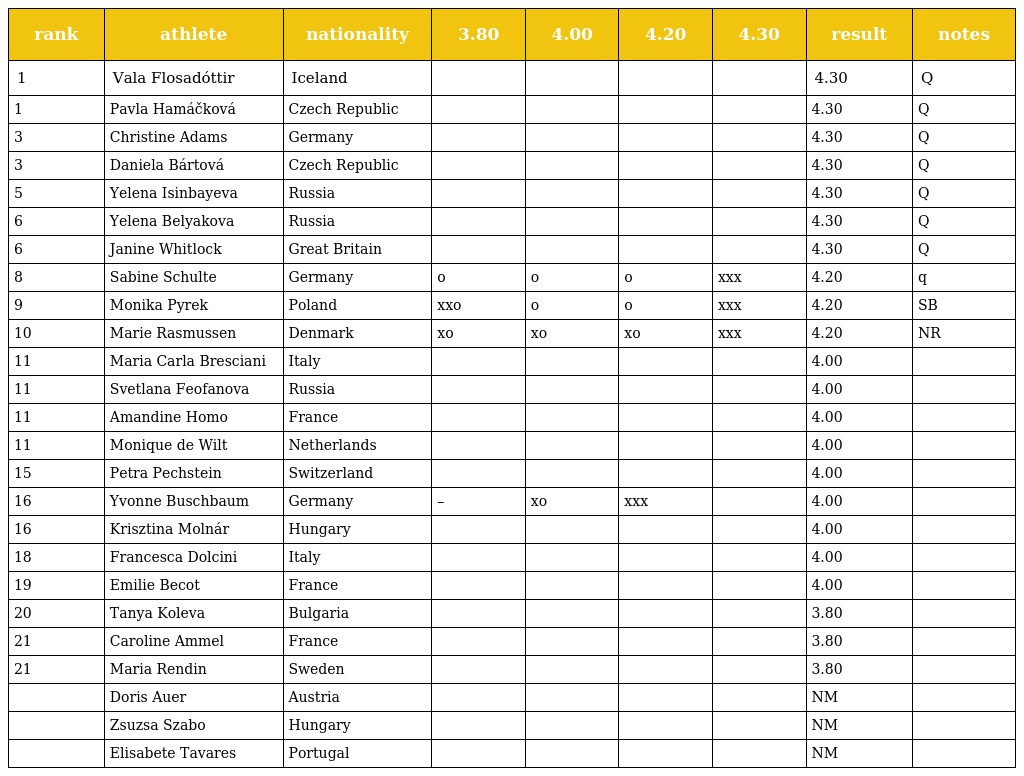
| rank | athlete | nationality | 3.80 | 4.00 | 4.20 | 4.30 | result | notes |
 | --- | --- | --- | --- | --- | --- | --- | --- | --- |
 | 1 | Vala Flosadóttir | Iceland |  |  |  |  | 4.30 | Q |
 | 1 | Pavla Hamáčková | Czech Republic |  |  |  |  | 4.30 | Q |
 | 3 | Christine Adams | Germany |  |  |  |  | 4.30 | Q |
 | 3 | Daniela Bártová | Czech Republic |  |  |  |  | 4.30 | Q |
 | 5 | Yelena Isinbayeva | Russia |  |  |  |  | 4.30 | Q |
 | 6 | Yelena Belyakova | Russia |  |  |  |  | 4.30 | Q |
 | 6 | Janine Whitlock | Great Britain |  |  |  |  | 4.30 | Q |
 | 8 | Sabine Schulte | Germany | o | o | o | xxx | 4.20 | q |
 | 9 | Monika Pyrek | Poland | xxo | o | o | xxx | 4.20 | SB |
 | 10 | Marie Rasmussen | Denmark | xo | xo | xo | xxx | 4.20 | NR |
 | 11 | Maria Carla Bresciani | Italy |  |  |  |  | 4.00 |  |
 | 11 | Svetlana Feofanova | Russia |  |  |  |  | 4.00 |  |
 | 11 | Amandine Homo | France |  |  |  |  | 4.00 |  |
 | 11 | Monique de Wilt | Netherlands |  |  |  |  | 4.00 |  |
 | 15 | Petra Pechstein | Switzerland |  |  |  |  | 4.00 |  |
 | 16 | Yvonne Buschbaum | Germany | – | xo | xxx |  | 4.00 |  |
 | 16 | Krisztina Molnár | Hungary |  |  |  |  | 4.00 |  |
 | 18 | Francesca Dolcini | Italy |  |  |  |  | 4.00 |  |
 | 19 | Emilie Becot | France |  |  |  |  | 4.00 |  |
 | 20 | Tanya Koleva | Bulgaria |  |  |  |  | 3.80 |  |
 | 21 | Caroline Ammel | France |  |  |  |  | 3.80 |  |
 | 21 | Maria Rendin | Sweden |  |  |  |  | 3.80 |  |
 |  | Doris Auer | Austria |  |  |  |  | NM |  |
 |  | Zsuzsa Szabo | Hungary |  |  |  |  | NM |  |
 |  | Elisabete Tavares | Portugal |  |  |  |  | NM |  |